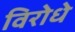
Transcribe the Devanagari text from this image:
विरोधे